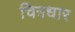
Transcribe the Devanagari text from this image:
चित्रधार